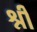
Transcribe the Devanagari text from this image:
श्नी